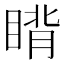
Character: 𬑜